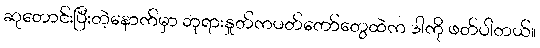
ဆုတောင်းပြီးတဲ့နောက်မှာ ဘုရားနှုတ်ကပတ်တော်တွေထဲက ဒါကို ဖတ်ပါတယ်။